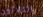
والثلاثون